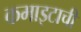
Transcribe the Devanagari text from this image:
कमाइटाची